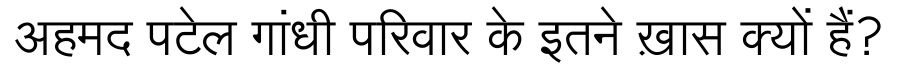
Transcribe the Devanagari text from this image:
अहमद पटेल गांधी परिवार के इतने ख़ास क्यों हैं?